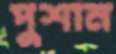
পুশান